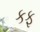
કફ